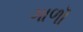
ગાળૉ